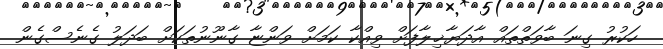
ހަކުރު ގިނަ ބާވަތްތައް އާދަޔާޚިލާފަށް ވިއްކާ ކަމަށް ވަންޏާ ގާނޫނުތަކަށް ބަދަލު ގެނެސްގެން